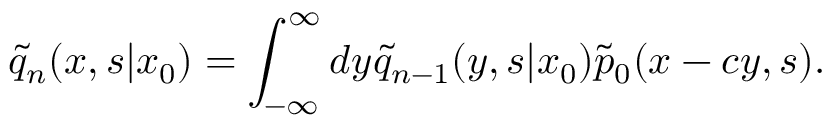
\tilde { q } _ { n } ( x , s | x _ { 0 } ) = \int _ { - \infty } ^ { \infty } d y \tilde { q } _ { n - 1 } ( y , s | x _ { 0 } ) \tilde { p } _ { 0 } ( x - c y , s ) .